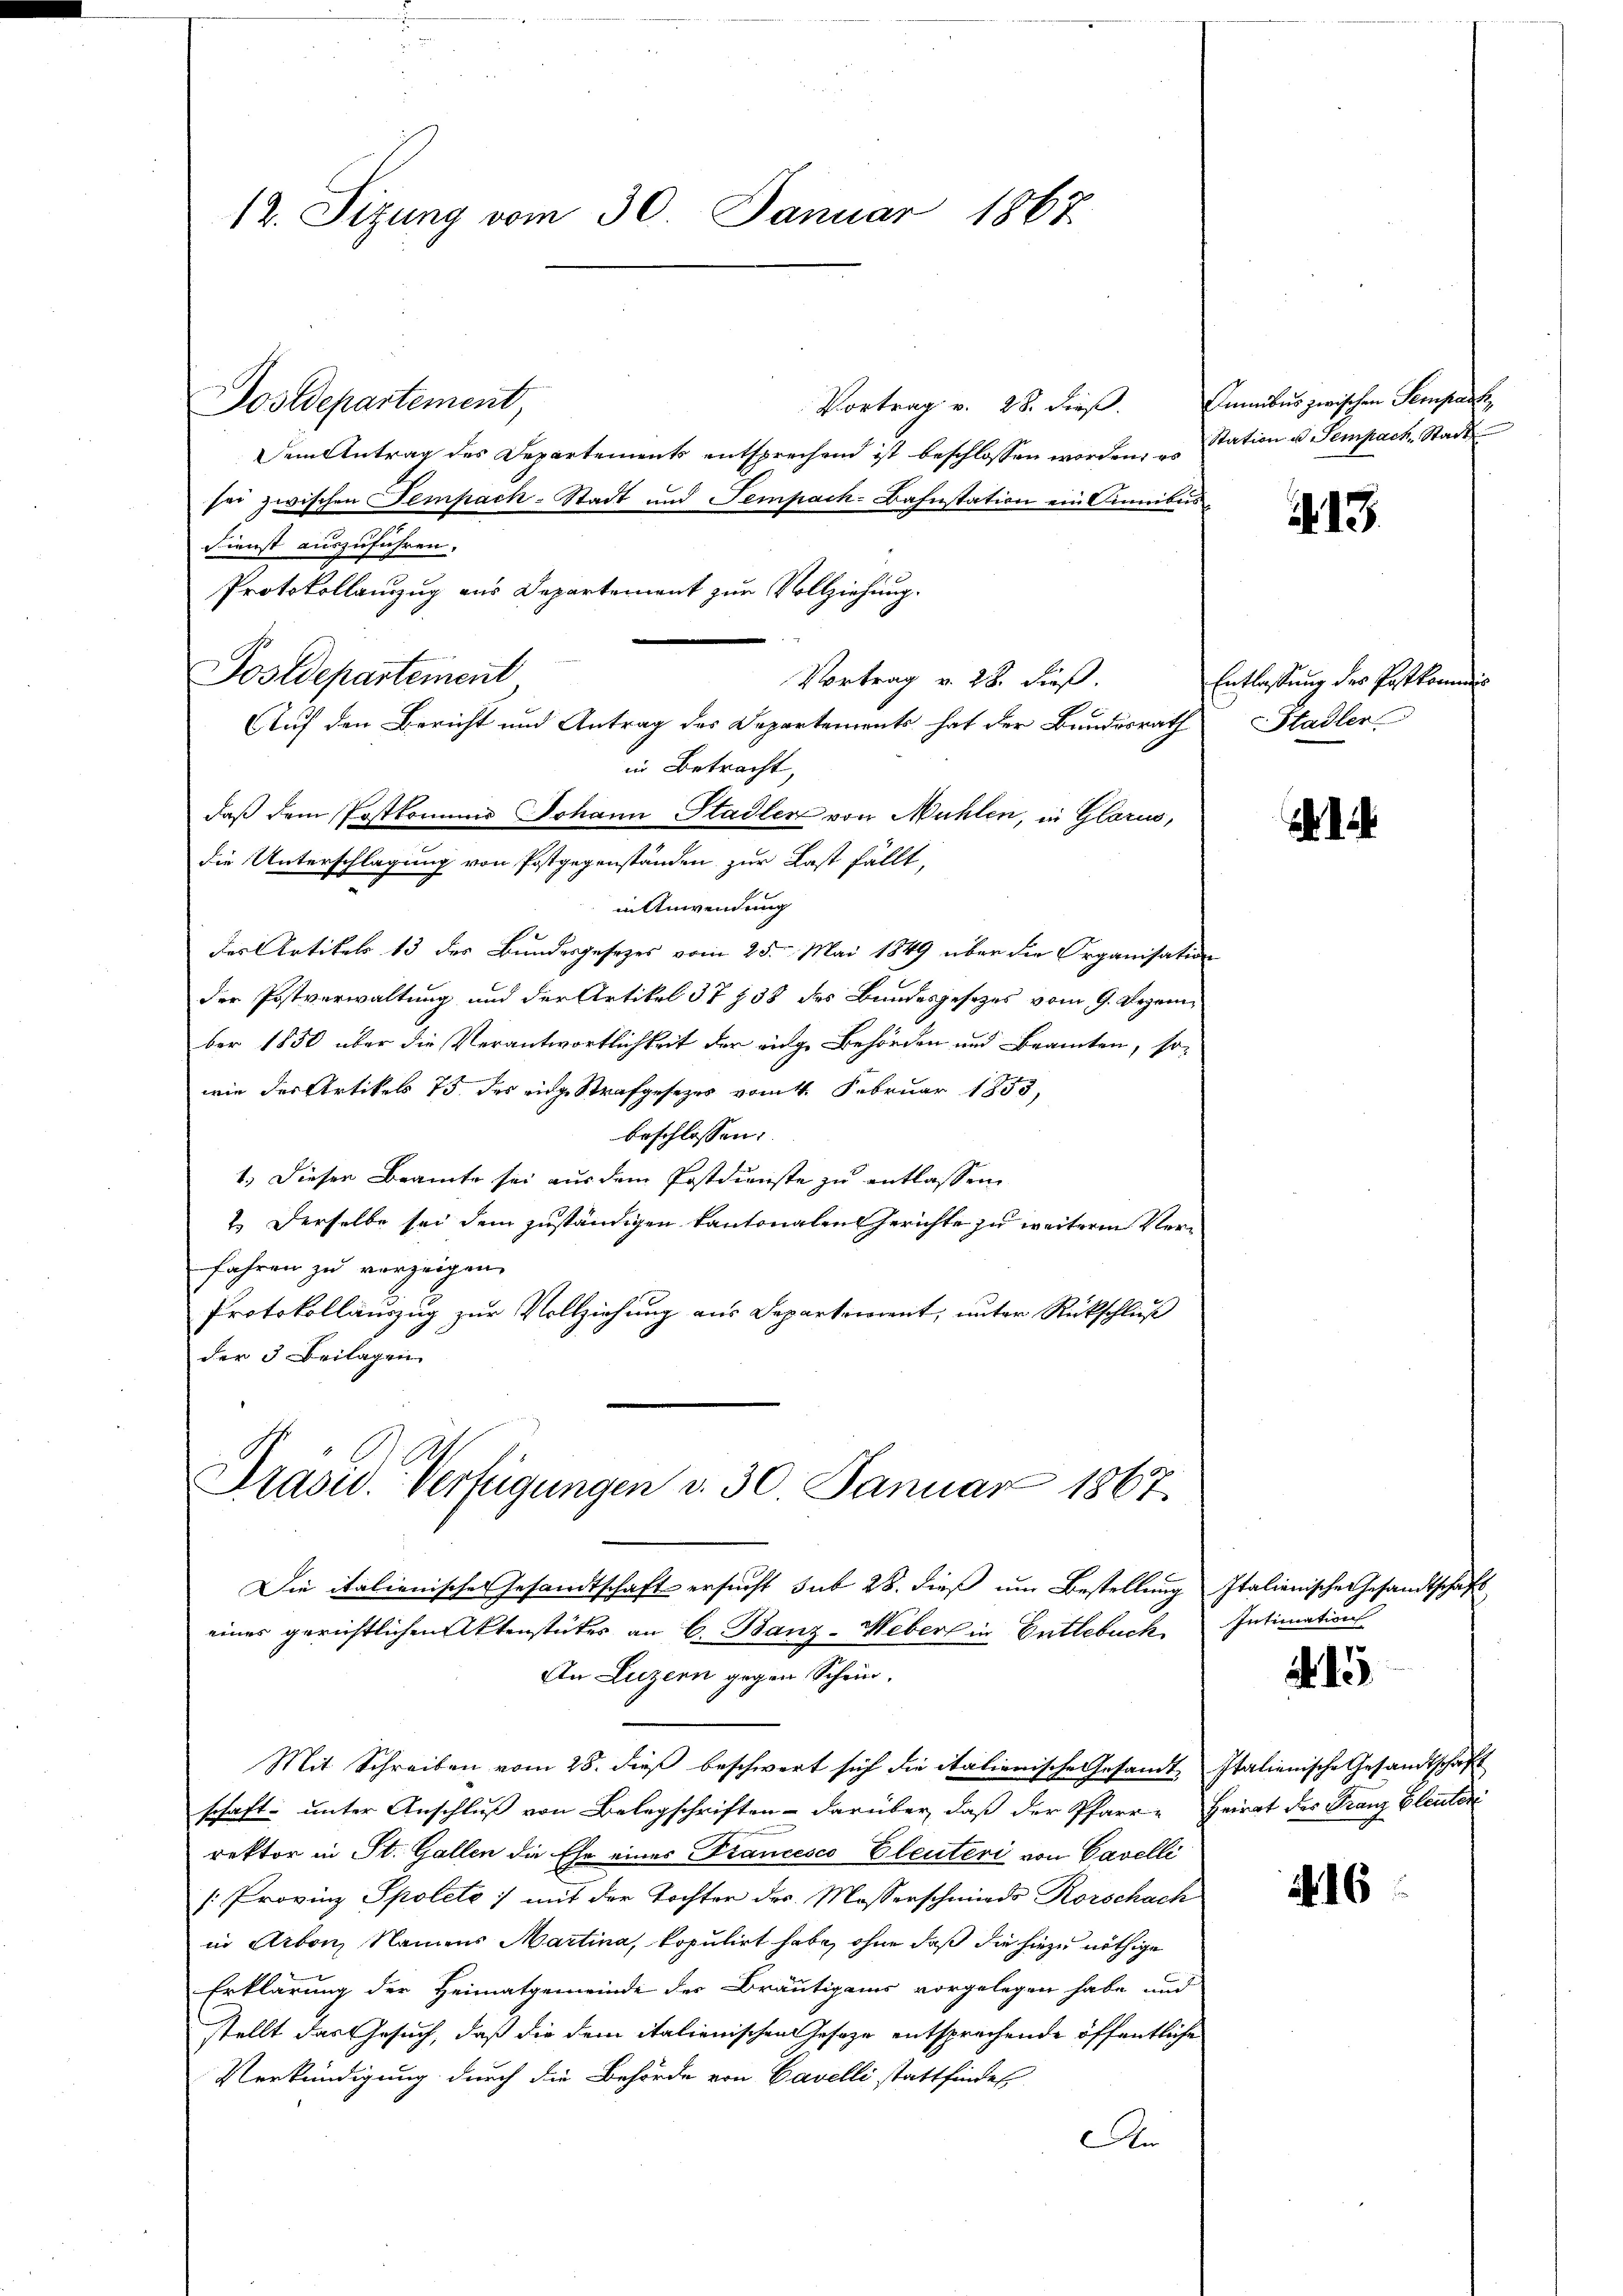
12. Sitzung vom 30. Januar 1867

Vortrag v. 28. dieß. Immibus zwischen Sempacte,
Dem Antrag des Departements entsprechend ist beschlossen worden, es
sei zwischen Tempack-Stadt und Sempack-Bahnstation ein Sunibus
Fienst auszuführen.
Protokollanzug aus Departement zur Vollziehung.
Postdepartement
Vortrag v. 28. dieß.
in Betracht,
daß dem Postkommis Johann Stadler von Mühlen, in Glarus,
in Anwendung
des Artikels 13 des Bundesgesezes vom 25. Mai 1849 über die Organisation
der Postverwaltung und der Artikel 37 § 38 des Bundesgesezes vom 9. Dezember 1850 über die Verantwortlichkeit der einge Behörden und Beamten, so-
wie der Artikels 75 des eige Strafgesezes vom 4. Februar 1853,
beschlossen:
1.) Dieser Beamte sei aus dem Postdienste zu entlassen
2. Derselbe sei dem zuständigen kantonalen Gerichte zu weiteren Verfahren zu vorzeigen.
Protokollauszug zur Vollziehung aus Departement, unter Rückschluß
der 3 Beilagen

Postdepartement,

die Unterschlagung von Postgegenständen zur Last fällt,

Grasw. Verfügungen d. 30. Januar 1867.

Die italienisches Gesandtschaft ersucht sub 28. dieß um Bestellung Italienische Gesandtschaft
eines gerichtlichen Aktenstückes an C. Banz-Meber in Entlebuck. Intimation
An Luzern gegen Schein,
Mit Schreiben vom 28. dieß beschwert sich die italienische Gesandt Italienische Gesandtschaft
schaft unter Anschluß von Belegschriften - darüber, daß der Pfarr- Heirat des Franz Eleuter
rektor in St. Gallen die Ehe eines Francesco Eleuteri von Cavelli
[Provinz Spolete :/ mit der Tochter des Masserschmiede Rorschach
in Arbon, Namens Martina, kopulirt habe, ohne daß die hiezu nöthige
Erklärung der Heimatgemeinde des Bräutigams vorgelegen habe und
stellt das Gesuch, daß die dem italienischen Gesetze entsprechende öffentliche
Verkündigung durch die Behörde von Cavelli stattfindet
An

Auf den Bericht und Antrag des Departements hat der Bundesrath Stadler

Station u. Sempach, Stadt

1113.

Entlassung des Postkommis

2416